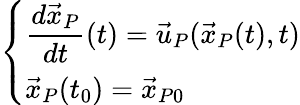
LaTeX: \left\{ \begin{array}{ll}{\displaystyle{\frac{d{\vec{x}}_{P}}{dt}}(t)={\vec{u}}_{P}({\vec{x}}_{P}(t),t)}\\ {{\vec{x}}_{P}(t_{0})={\vec{x}}_{P0}}\end{array}\right.